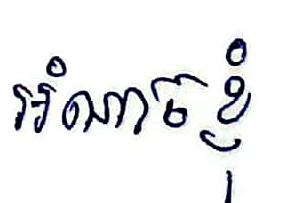
អំណាចខ្ញុំ